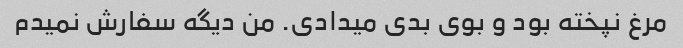
مرغ نپخته بود و بوی بدی میدادی. من دیگه سفارش نمیدم